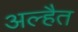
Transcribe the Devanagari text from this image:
अल्हैत